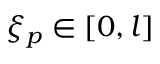
\xi _ { p } \in [ 0 , l ]